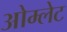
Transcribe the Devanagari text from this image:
ओम्लेट